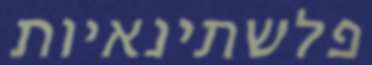
פלשתינאיות